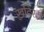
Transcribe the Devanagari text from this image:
खदिरः